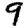
Digit: 9